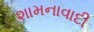
શામનાવાદી